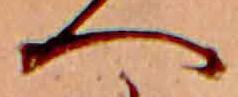
へ